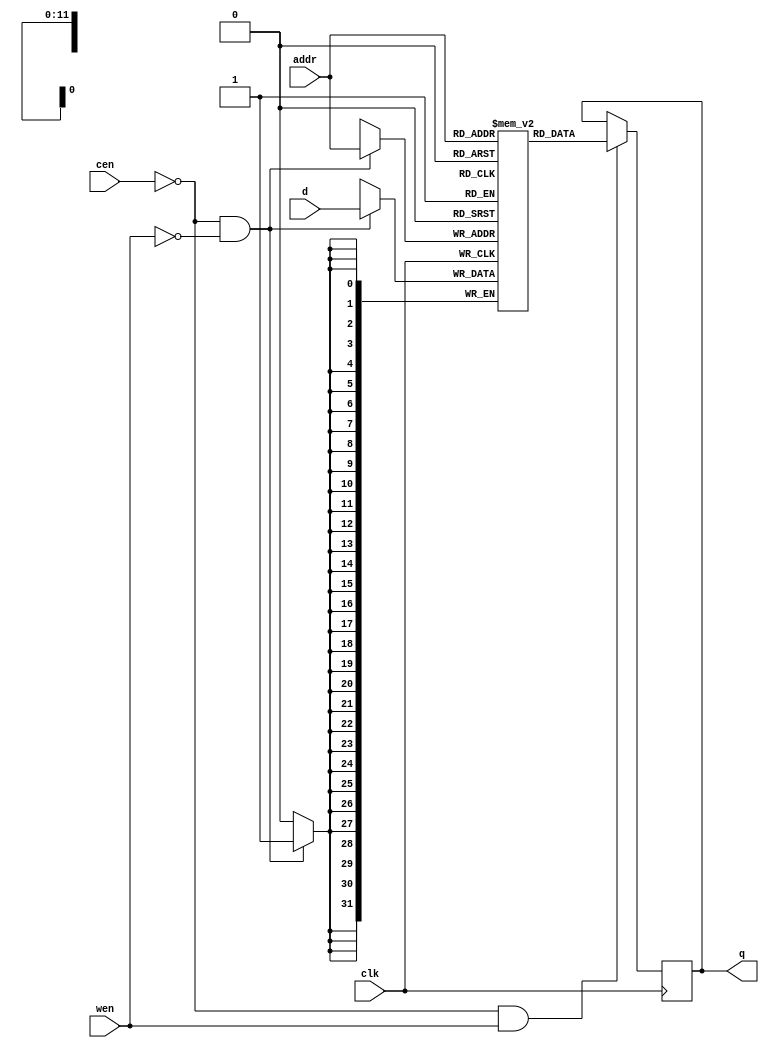
// =============================================================================
// Module name: spram_behav
//
// It exports the behavior model of single port SRAM.
// !!! Warning: NEVER use the behavior model for synthesis. It will cause
// a large area, power overhead because synthsis tools will use flip-flop
// (rather than 6T SRAM) for the basic memory cell.
// =============================================================================

module spram_behav # (
  parameter   MEM_WIDTH               = 32,       // memory (bus) width
  parameter   MEM_DEPTH               = 4096      // memory depth
) (
  input wire                          clk,        // system clock
  input wire                          cen,        // chip enable (active low)
  input wire                          wen,        // write enable (active low)
  input wire  [clog2(MEM_DEPTH)-1:0]  addr,       // read/write address
  input wire  [MEM_WIDTH-1:0]         d,          // data input (write op)
  output reg  [MEM_WIDTH-1:0]         q           // data output (read op)
);

// -------------------
// Main memory array
// -------------------
reg [MEM_WIDTH-1:0] memory [MEM_DEPTH-1:0];

// ------------------
// Read path
// ------------------
always @ (posedge clk) begin
  if (cen == 1'b0 && wen == 1'b1) begin
    q <= memory[addr];
  end
end

// ------------------
// Write path
// ------------------
always @ (posedge clk) begin
  if (cen == 1'b0 && wen == 1'b0) begin
    memory[addr] <= d;
  end
end

// -------------------------------
// Initialization of memory array
// -------------------------------
integer j;
initial begin
  for (j = 0; j < MEM_DEPTH; j = j + 1) begin
    memory[j] = 1;
  end
end

// --------------------------------
// Function: clog2
// Returns the ceil of the log2(x)
// --------------------------------
function integer clog2(input integer x);
  integer i;
  begin
    clog2 = 0;
    for (i = x - 1; i > 0; i = i >> 1) begin
      clog2 = clog2 + 1;
    end
  end
endfunction

endmodule